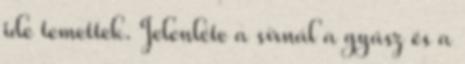
ide temettek. Jelenléte a sírnál a gyász és a